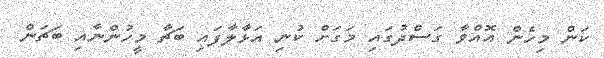
ކަން މިހެން އޮއްވާ ގަސްދުގައި މަގަށް ކުނި އަޅާލާފައި ބަޗާ މީހުންނާއި ބަޗަން